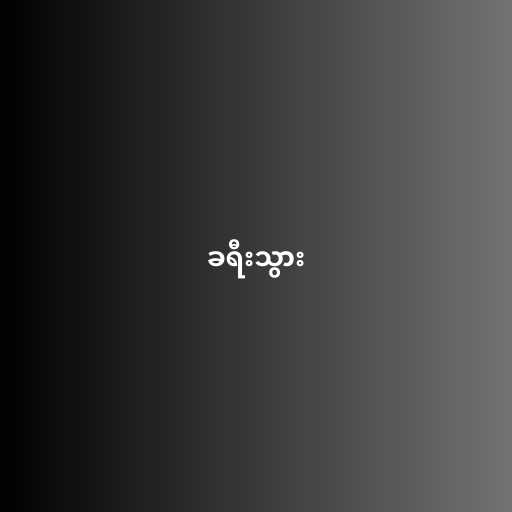
ခရီးသွား